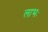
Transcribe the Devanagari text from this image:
लाभः